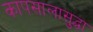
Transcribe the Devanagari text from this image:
कापसालासुद्धा